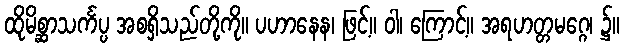
ထိုမိစ္ဆာသင်္ကပ္ပ အစရှိသည်တို့ကို။ ပဟာနေန၊ ဖြင့်။ ဝါ၊ ကြောင့်။ အရဟတ္တမဂ္ဂေ၊ ၌။